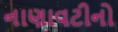
નાણાવટીનો